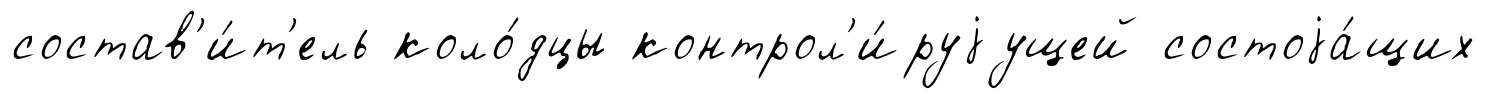
состав'и́т'ель коло́дцы контрол'и́руjущей состоjа́щих